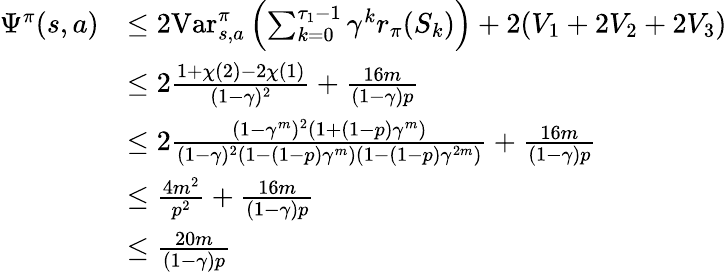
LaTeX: \begin{array}{rl}{\Psi^{\pi}(s,a)}&{\leq 2\mathrm{Var}_{s,a}^{\pi}\left(\sum_{k=0}^{\tau_{1}-1}\gamma^{k}r_{\pi}(S_{k})\right)+2(V_{1}+2V_{2}+2V_{3})}\\ &{\leq 2\frac{1+\chi(2)-2\chi(1)}{(1-\gamma)^{2}}+\frac{16m}{(1-\gamma)p}}\\ &{\leq 2\frac{(1-\gamma^{m})^{2}(1+(1-p)\gamma^{m})}{(1-\gamma)^{2}(1-(1-p)\gamma^{m})(1-(1-p)\gamma^{2m})}+\frac{16m}{(1-\gamma)p}}\\ &{\leq\frac{4m^{2}}{p^{2}}+\frac{16m}{(1-\gamma)p}}\\ &{\leq\frac{20m}{(1-\gamma)p}}\end{array}